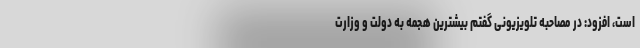
است، افزود: در مصاحبه تلویزیونی گفتم بیشترین هجمه به دولت و وزارت